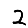
Digit: 2